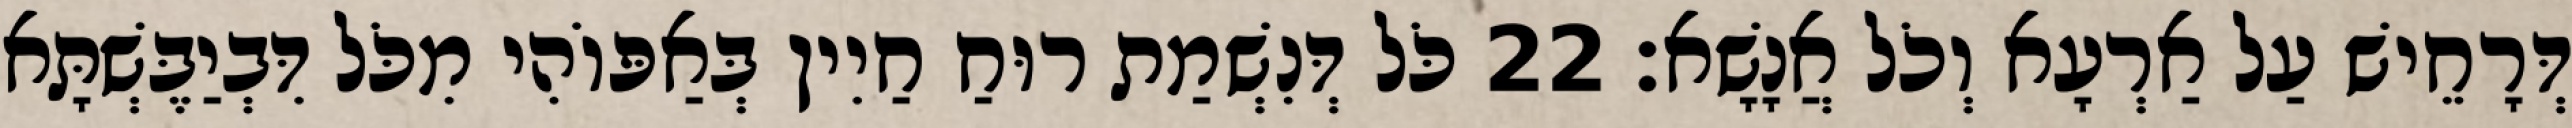
דְּרָחֵישׁ עַל אַרְעָא וְכֹל אֲנָשָׁא׃ 22 כֹּל דְּנִשְׁמַת רוּחַ חַיִין בְּאַפּוֹהִי מִכֹּל דִּבְיַבֶּשְׁתָּא